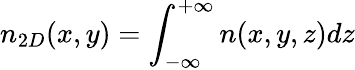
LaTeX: n_{2D}(x,y)=\int_{-\infty}^{+\infty}n(x,y,z)dz